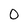
Character: O